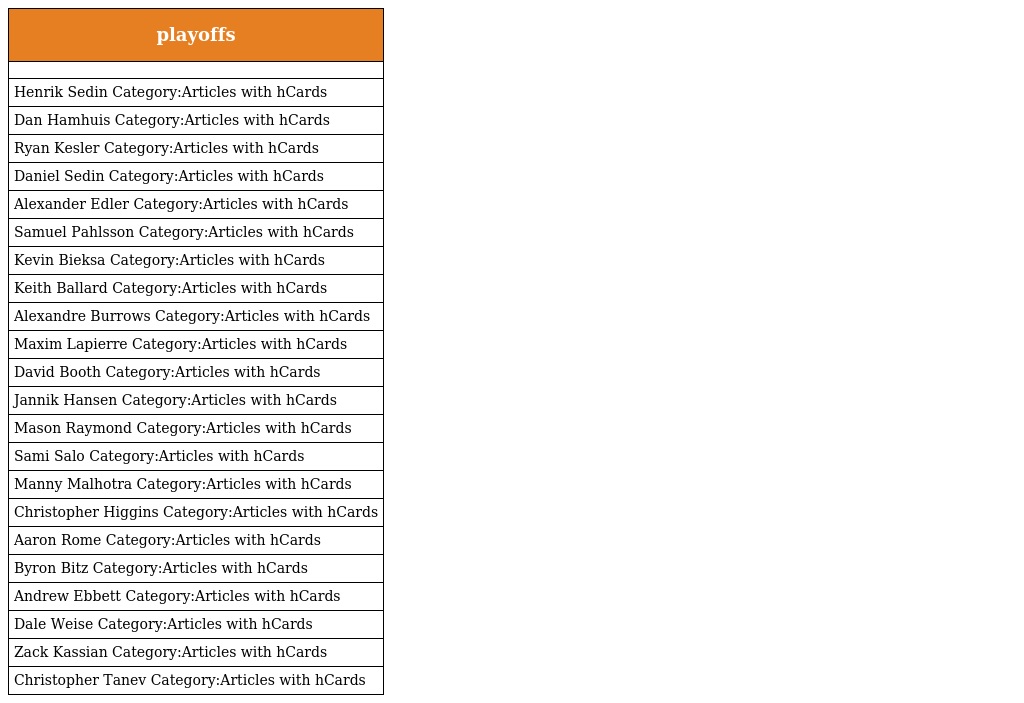
| playoffs |
 | --- |
 |  |
 | Henrik Sedin Category:Articles with hCards |
 | Dan Hamhuis Category:Articles with hCards |
 | Ryan Kesler Category:Articles with hCards |
 | Daniel Sedin Category:Articles with hCards |
 | Alexander Edler Category:Articles with hCards |
 | Samuel Pahlsson Category:Articles with hCards |
 | Kevin Bieksa Category:Articles with hCards |
 | Keith Ballard Category:Articles with hCards |
 | Alexandre Burrows Category:Articles with hCards |
 | Maxim Lapierre Category:Articles with hCards |
 | David Booth Category:Articles with hCards |
 | Jannik Hansen Category:Articles with hCards |
 | Mason Raymond Category:Articles with hCards |
 | Sami Salo Category:Articles with hCards |
 | Manny Malhotra Category:Articles with hCards |
 | Christopher Higgins Category:Articles with hCards |
 | Aaron Rome Category:Articles with hCards |
 | Byron Bitz Category:Articles with hCards |
 | Andrew Ebbett Category:Articles with hCards |
 | Dale Weise Category:Articles with hCards |
 | Zack Kassian Category:Articles with hCards |
 | Christopher Tanev Category:Articles with hCards |